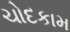
ચોદકામ